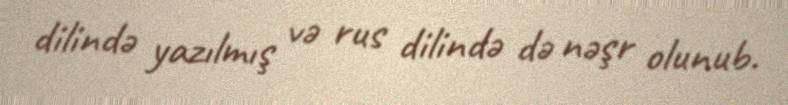
dilində yazılmış və rus dilində də nəşr olunub.